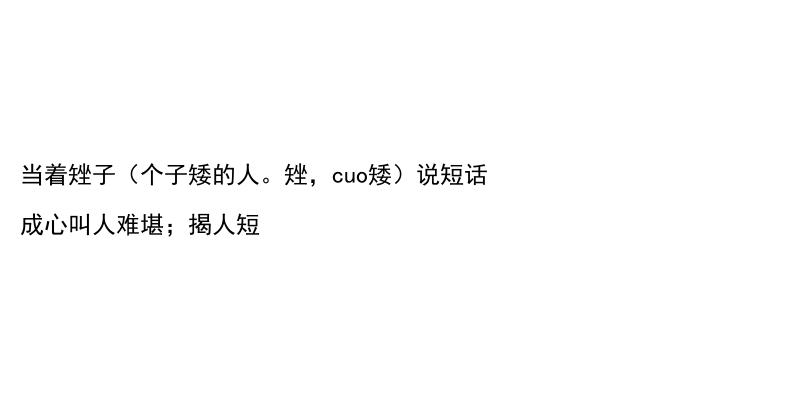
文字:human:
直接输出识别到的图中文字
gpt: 当着矬子（个子矮的人。矬，cuo矮）说短话 成心叫人难堪；揭人短